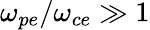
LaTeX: \omega_{pe}/\omega_{ce}\gg 1